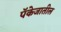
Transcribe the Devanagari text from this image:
पॅकेजातील